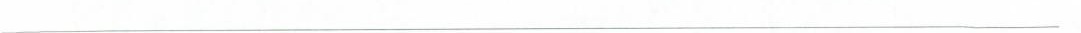
___